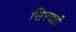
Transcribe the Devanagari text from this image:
सिरचढ़ी